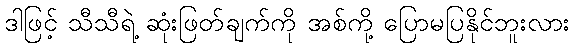
ဒါဖြင့် သီသီရဲ့ ဆုံးဖြတ်ချက်ကို အစ်ကို့ ပြောမပြနိုင်ဘူးလား